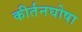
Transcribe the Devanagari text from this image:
कीर्तनघोषा